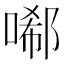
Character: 𠻑